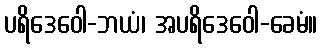
ပရိဒေဝေါ-ဘယံ၊ အပရိဒေဝေါ-ခေမံ။